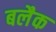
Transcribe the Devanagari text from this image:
बलैक